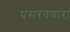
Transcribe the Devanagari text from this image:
पसरवणारा